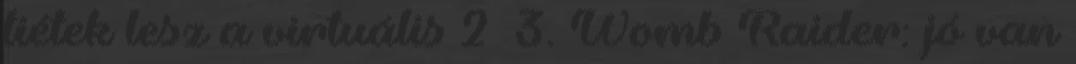
tiétek lesz a virtuális 2 3. Womb Raider: jó van